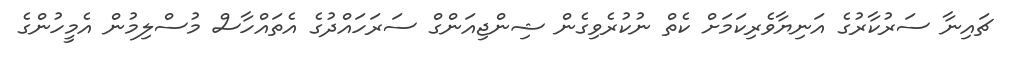
ޗައިނާ ސަރުކާރުގެ އަނިޔާވެރިކަމަށް ކެތް ނުކުރެވިގެން ޝިންޖިއަންގް ސަރަހައްދުގެ އެތައްހާސް މުސްލިމުން އެމީހުންގެ